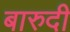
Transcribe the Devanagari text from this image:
बारुदी